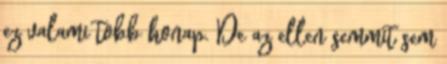
ez valami tobb honap. De az ellen semmit sem